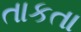
તાકતા